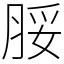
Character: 脮